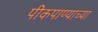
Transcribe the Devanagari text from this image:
पीकपाण्याच्या